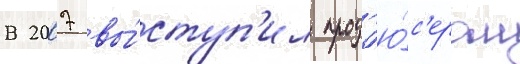
В 2007 вы́ступ'ил прод'ю́с'ером